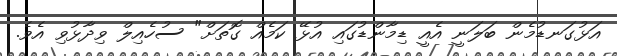
އަޅުގަނޑުމެން ބަލަނީ އެއީ ޑިމާންޑުގައި އުޅޭ ކަމެއް ގޮތަށް" ސުހެއިލް ވިދާޅުވި އެވެ.